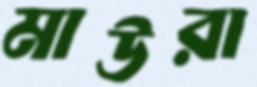
মাউরা